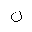
Letter: _non